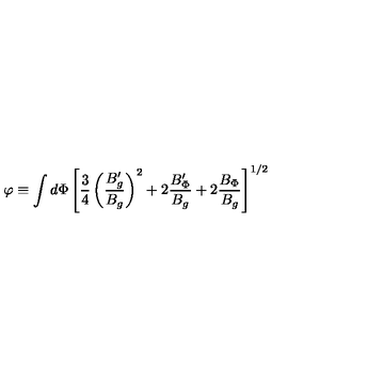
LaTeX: \varphi \equiv \int d \Phi \left[ { \frac { 3 } { 4 } } \left( { \frac { B _ { g } ^ { \prime } } { B _ { g } } } \right) ^ { 2 } + 2 { \frac { B _ { \Phi } ^ { \prime } } { B _ { g } } } + 2 { \frac { B _ { \Phi } } { B _ { g } } } \right] ^ { 1 / 2 }